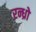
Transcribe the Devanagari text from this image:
रन्ध्रो